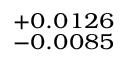
^ { + 0 . 0 1 2 6 } _ { - 0 . 0 0 8 5 }